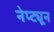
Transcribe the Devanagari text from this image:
नेप्ट्यून